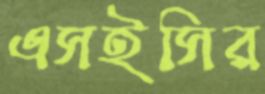
এসইসির